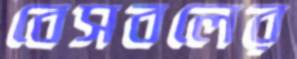
বেসবলের